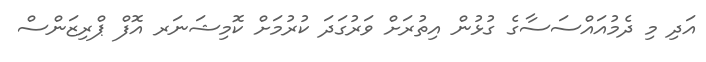
އަދި މި ދެމުއައްސަސާގެ ގުޅުން އިތުރަށް ވަރުގަދަ ކުރުމަށް ކޮމިޝަނަރ އޮފް ޕްރިޒަންސް